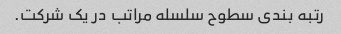
رتبه بندی سطوح سلسله مراتب در یک شرکت.